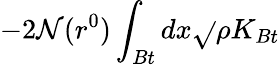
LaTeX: -2\mathcal{N}(r^{0})\int_{Bt}dx\sqrt{}{{\rho}}K_{Bt}